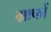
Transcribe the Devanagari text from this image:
ग्राफों